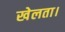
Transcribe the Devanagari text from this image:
खेलता।